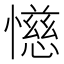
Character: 𫻌